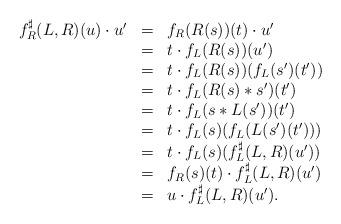
LaTeX: \begin{align*}\begin{array}{lll}f^\sharp_R(L,R)(u)\cdot u'&=&f_R(R(s))(t)\cdot u'\\&=&t\cdot f_L(R(s))(u')\\&=&t\cdot f_L(R(s))(f_L(s')(t'))\\&=&t\cdot f_L(R(s)*s')(t')\\&=&t\cdot f_L(s*L(s'))(t')\\&=&t\cdot f_L(s)(f_L(L(s')(t')))\\&=&t\cdot f_L(s)(f^\sharp_L(L,R)(u'))\\&=&f_R(s)(t)\cdot f^\sharp_L(L,R)(u')\\&=&u\cdot f^\sharp_L(L,R)(u').\end{array}\end{align*}